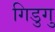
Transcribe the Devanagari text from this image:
गिडुगु